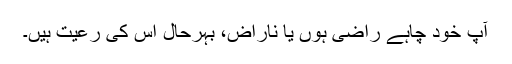
آپ خود چاہے راضی ہوں یا ناراض، بہرحال اس کی رعیت ہیں۔